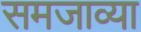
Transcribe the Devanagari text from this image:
समजाव्या